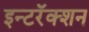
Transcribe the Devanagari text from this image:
इन्टरॅक्शन